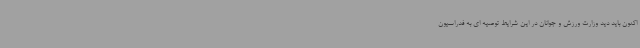
اکنون باید دید وزارت ورزش و جوانان در این شرایط توصیه ای به فدراسیون